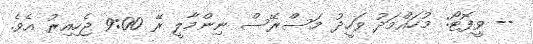
-- ވީފޮޓޯ: މުހައްމަދު ވަހީދު މަސްރޭސް ނިންމާލީ ރޭ 9:00 ޖެހިއިރު އެވެ.